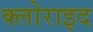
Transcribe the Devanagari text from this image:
क्लोराइद